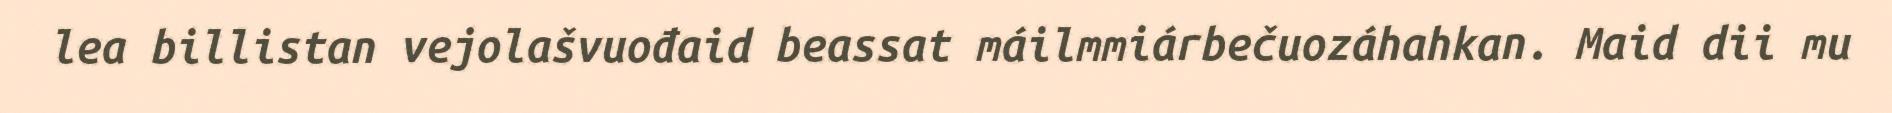
lea billistan vejolašvuođaid beassat máilmmiárbečuozáhahkan. Maid dii mu